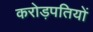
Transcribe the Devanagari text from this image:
करोड़पतियों